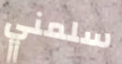
سلمني